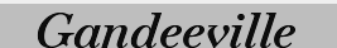
Gandeeville